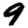
Digit: 9